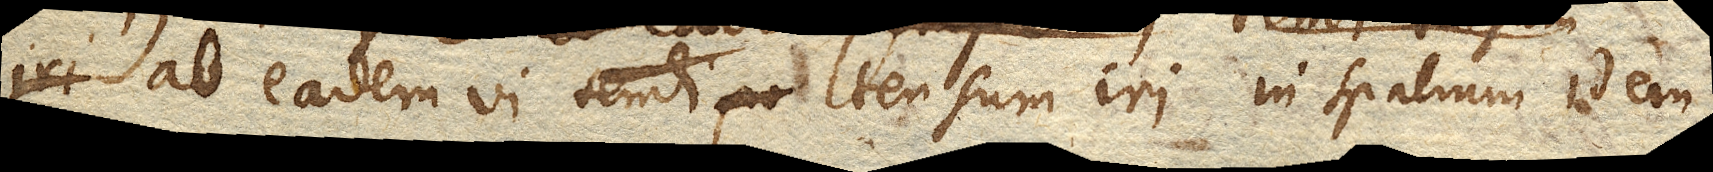
iri ab eadem vi tendi po tensum iri in spatium idem